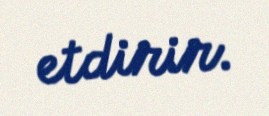
etdirir.